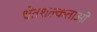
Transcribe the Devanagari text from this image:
श्वेतशल्कताओं